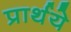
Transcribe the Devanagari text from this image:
प्रार्थये